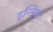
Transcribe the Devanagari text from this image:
ड्रन्जिक